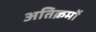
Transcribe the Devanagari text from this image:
अतिक्रमों